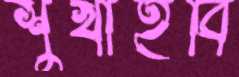
শুখাইবি